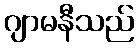
ဂျာမနီသည်